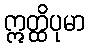
ဣတ္ထိပုမာ